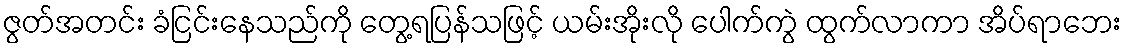
ဇွတ်အတင်း ခံငြင်းနေသည်ကို တွေ့ရပြန်သဖြင့် ယမ်းအိုးလို ပေါက်ကွဲ ထွက်လာကာ အိပ်ရာဘေး